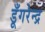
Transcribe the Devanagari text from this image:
डूँगरेन्द्र